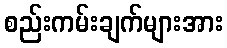
စည်းကမ်းချက်များအား